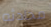
محادثه